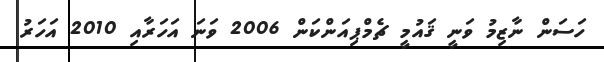
ހަސަން ނާޒިމު ވަނީ ޤައުމީ ޗެމްޕިއަންކަން 2006 ވަނަ އަހަރާއި 2010 އަހަރު